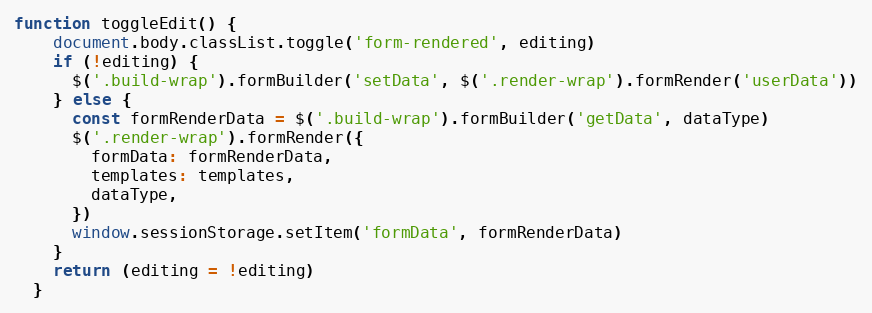
Language: JavaScript
function toggleEdit() {
    document.body.classList.toggle('form-rendered', editing)
    if (!editing) {
      $('.build-wrap').formBuilder('setData', $('.render-wrap').formRender('userData'))
    } else {
      const formRenderData = $('.build-wrap').formBuilder('getData', dataType)
      $('.render-wrap').formRender({
        formData: formRenderData,
        templates: templates,
        dataType,
      })
      window.sessionStorage.setItem('formData', formRenderData)
    }
    return (editing = !editing)
  }